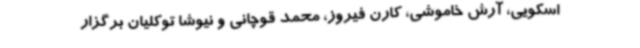
اسکویی، آرش خاموشی، کارن فیروز، محمد قوچانی و نیوشا توکلیان برگزار